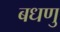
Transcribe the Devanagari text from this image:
बधणु